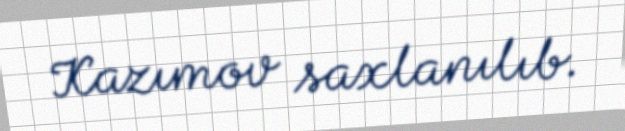
Kazımov saxlanılıb.